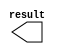
// megafunction wizard: %LPM_CONSTANT%VBB%
// GENERATION: STANDARD
// VERSION: WM1.0
// MODULE: LPM_CONSTANT 

// ============================================================
// Megafunction Name(s):
// 			LPM_CONSTANT
//
// Simulation Library Files(s):
// 			lpm
// ============================================================
// ************************************************************
// THIS IS A WIZARD-GENERATED FILE. DO NOT EDIT THIS FILE!
//
// 16.0.2 Build 222 07/20/2016 SJ Standard Edition
// ************************************************************

//Copyright (C) 1991-2016 Altera Corporation. All rights reserved.
//Your use of Altera Corporation's design tools, logic functions 
//and other software and tools, and its AMPP partner logic 
//functions, and any output files from any of the foregoing 
//(including device programming or simulation files), and any 
//associated documentation or information are expressly subject 
//to the terms and conditions of the Altera Program License 
//Subscription Agreement, the Altera Quartus Prime License Agreement,
//the Altera MegaCore Function License Agreement, or other 
//applicable license agreement, including, without limitation, 
//that your use is for the sole purpose of programming logic 
//devices manufactured by Altera and sold by Altera or its 
//authorized distributors.  Please refer to the applicable 
//agreement for further details.

module P1 (
	result);

	output	[9:0]  result;

endmodule

// ============================================================
// CNX file retrieval info
// ============================================================
// Retrieval info: PRIVATE: INTENDED_DEVICE_FAMILY STRING "Stratix V"
// Retrieval info: PRIVATE: JTAG_ENABLED NUMERIC "1"
// Retrieval info: PRIVATE: JTAG_ID STRING "PP1"
// Retrieval info: PRIVATE: Radix NUMERIC "16"
// Retrieval info: PRIVATE: SYNTH_WRAPPER_GEN_POSTFIX STRING "0"
// Retrieval info: PRIVATE: Value NUMERIC "175"
// Retrieval info: PRIVATE: nBit NUMERIC "10"
// Retrieval info: PRIVATE: new_diagram STRING "1"
// Retrieval info: LIBRARY: lpm lpm.lpm_components.all
// Retrieval info: CONSTANT: LPM_CVALUE NUMERIC "175"
// Retrieval info: CONSTANT: LPM_HINT STRING "ENABLE_RUNTIME_MOD=YES, INSTANCE_NAME=PP1"
// Retrieval info: CONSTANT: LPM_TYPE STRING "LPM_CONSTANT"
// Retrieval info: CONSTANT: LPM_WIDTH NUMERIC "10"
// Retrieval info: USED_PORT: result 0 0 10 0 OUTPUT NODEFVAL "result[9..0]"
// Retrieval info: CONNECT: result 0 0 10 0 @result 0 0 10 0
// Retrieval info: GEN_FILE: TYPE_NORMAL P1.v TRUE
// Retrieval info: GEN_FILE: TYPE_NORMAL P1.inc FALSE
// Retrieval info: GEN_FILE: TYPE_NORMAL P1.cmp FALSE
// Retrieval info: GEN_FILE: TYPE_NORMAL P1.bsf FALSE
// Retrieval info: GEN_FILE: TYPE_NORMAL P1_inst.v FALSE
// Retrieval info: GEN_FILE: TYPE_NORMAL P1_bb.v TRUE
// Retrieval info: LIB_FILE: lpm